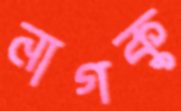
নাগকু